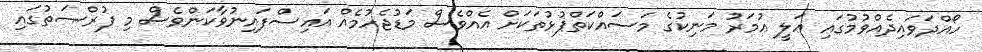
ހޯއްދަވައިދެއްވުމުގައި ޢަލީ ޢުމަރު މަނިކުގެ މަސައްކަތްޕުޅުތަކަށް އެއްވެސް މަޑުޖެހުމެއް އައިސްފައިނުވާކަންވެސް މި ފުރްޞަތުގައި